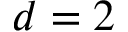
d = 2